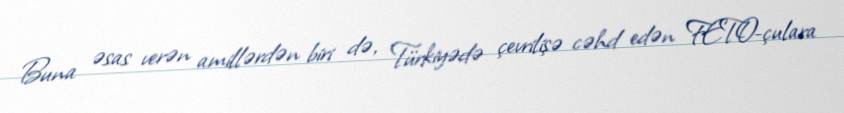
Buna əsas verən amillərdən biri də, Türkiyədə çevrilişə cəhd edən FETO-çulara